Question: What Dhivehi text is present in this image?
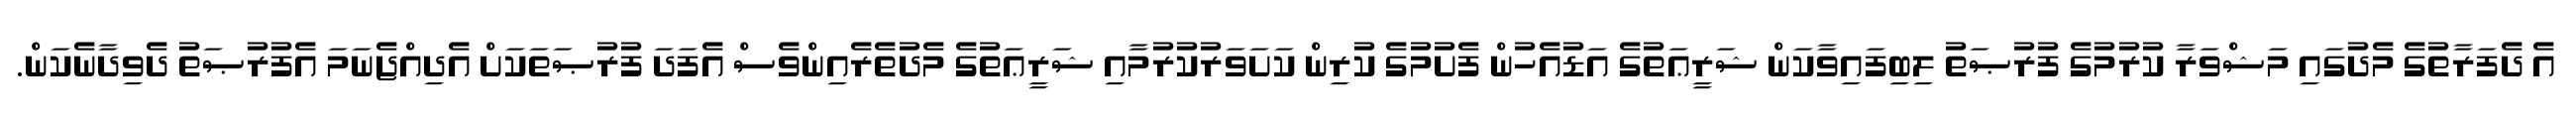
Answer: އެ ދެފަރާތުގެ މެދުގައި މަޝްވަރާ ކުރުމުގެ ފުރުޞަތު ލިބިފައިވާކަން ޝަރީޢަތުގެ އަޑުއެހުން ފެށުމުގެ ކުރިން ކަށަވަރުކުރުމާއި ޝަރީޢަތުގެ މެދުތެރެއިންވެސް އެފަދަ ފުރުޞަތަކަށް އެދިއްޖެނަމަ އެފުރުޞަތު ދެވިދާނެކަން.